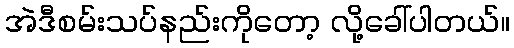
အဲဒီစမ်းသပ်နည်းကိုတော့ လို့ခေါ်ပါတယ်။